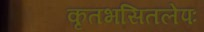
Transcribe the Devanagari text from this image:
कृतभसितलेपः